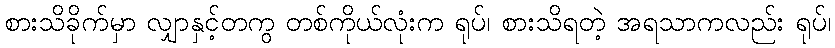
စားသိခိုက်မှာ လျှာနှင့်တကွ တစ်ကိုယ်လုံးက ရုပ်၊ စားသိရတဲ့ အရသာကလည်း ရုပ်၊